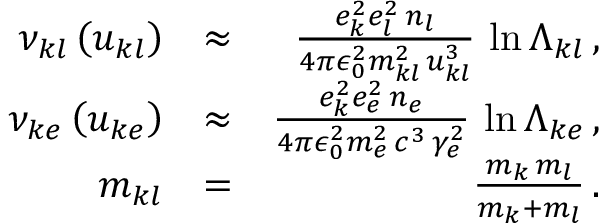
\begin{array} { r l r } { \nu _ { k l } \left( u _ { k l } \right) } & { \approx } & { \frac { e _ { k } ^ { 2 } e _ { l } ^ { 2 } \, n _ { l } } { 4 \pi \epsilon _ { 0 } ^ { 2 } m _ { k l } ^ { 2 } \, u _ { k l } ^ { 3 } } \, \ln \Lambda _ { k l } \, , } \\ { \nu _ { k e } \left( u _ { k e } \right) } & { \approx } & { \frac { e _ { k } ^ { 2 } e _ { e } ^ { 2 } \, n _ { e } } { 4 \pi \epsilon _ { 0 } ^ { 2 } m _ { e } ^ { 2 } \, c ^ { 3 } \, \gamma _ { e } ^ { 2 } } \, \ln \Lambda _ { k e } \, , } \\ { m _ { k l } } & { = } & { \frac { m _ { k } \, m _ { l } } { m _ { k } + m _ { l } } \, . } \end{array}